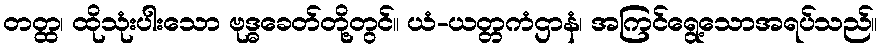
တတ္ထ၊ ထိုသုံးပါးသော ဗုဒ္ဓခေတ်တို့တွင်။ ယံ-ယတ္တကံဌာနံ၊ အကြင်ရွေ့သောအရပ်သည်။